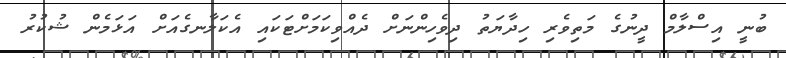
ބުނީ އިސްލާމް ދީނުގެ މަތިވެރި ހިދާޔަތު ދިވެހިންނަށް ދެއްވިކަމަށްޓަކައި އެކަލާނގެއަށް އަޅަމެން ޝުކުރު